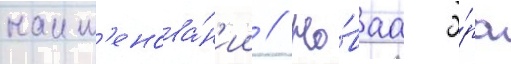
наим'енова́н'ии // Но́ваа э́ра